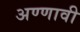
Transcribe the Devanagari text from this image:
अण्णावी